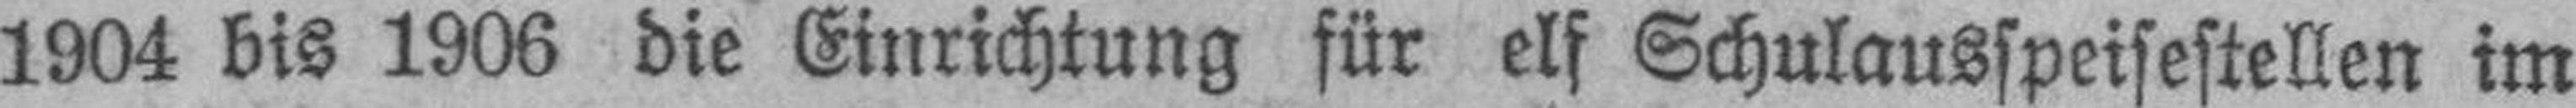
1904 bis 1906 die Einrichtung für elf Schulausspeisestellen im